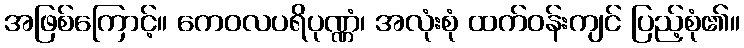
အဖြစ်ကြောင့်။ ကေဝလပရိပုဏ္ဏံ၊ အလုံးစုံ ထက်ဝန်းကျင် ပြည့်စုံ၏။